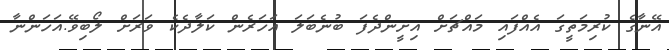
އޭނާގެ ކުރިމަތީގަ އެއްފައި މައްޗަށް އިށީންދެފަ ބުނެބަލަ އަހަރެން ކަލާދެކެ ވަރަށް ލޯބިވޭ.އަހަންނާ